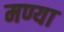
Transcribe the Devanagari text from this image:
मण्या